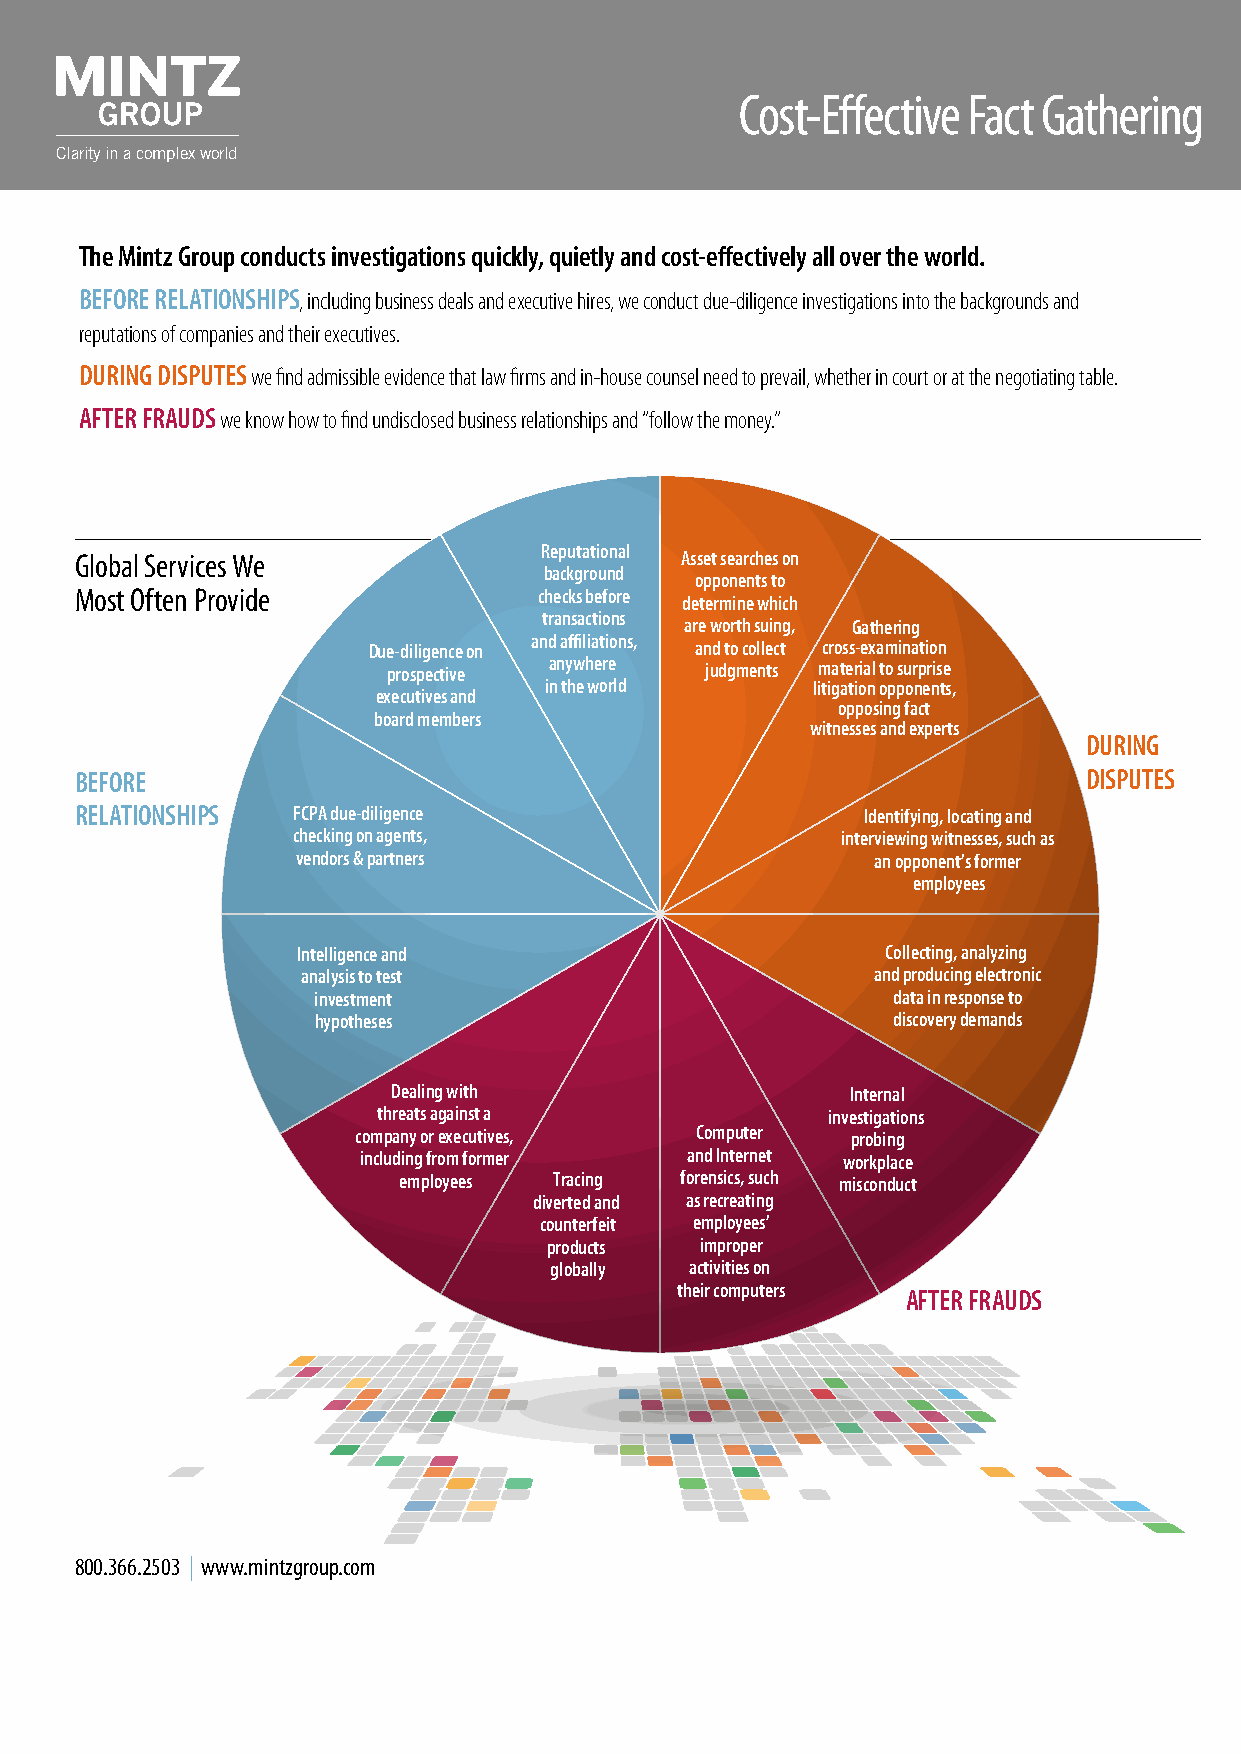
Cost-Effective Fact Gathering
 Clarity in a complex world
 The Mintz Group conducts investigations quickly, quietly and cost-effectively all over the world.
 BEFORE RELATIONSHIPS, including business deals and executive hires, we conduct due-diligence investigations into the backgrounds and
 reputations of companies and their executives.
 DURING DISPUTES we find admissible evidence that law firms and in-house counsel need to prevail, whether in court or at the negotiating table.
 AFTER FRAUDS we know how to find undisclosed business relationships and “follow the money.”
 Reputational
 Global Services We                      Asset searches on
 background
 opponents to
 Most Often Provide             checks before
 determine which
 transactions
 are worth suing, Gathering
 and affiliations,
 Due-diligence on      and to collect cross-examination
 prospective anywhere judgments material to surprise
 in the world      litigation opponents,
 executives and
 opposing fact
 board members
 witnesses and experts
 DURING
 BEFORE                                                             DISPUTES
 RELATIONSHIPS FCPA due-diligence                    Identifying, locating and
 checking on agents,                  interviewing witnesses, such as
 vendors & partners                    an opponent’s former
 employees
 Intelligence and                       Collecting, analyzing
 analysis to test                      and producing electronic
 investment                            data in response to
 hypotheses                            discovery demands
 Dealing with                  Internal
 threats against a             investigations
 company or executives, Computer probing
 including from former and Internet workplace
 employees  Tracing forensics, such misconduct
 diverted and as recreating
 counterfeit employees’
 products  improper
 globally  activities on
 their computers
 AFTER FRAUDS
 800.366.2503 | www.mintzgroup.com